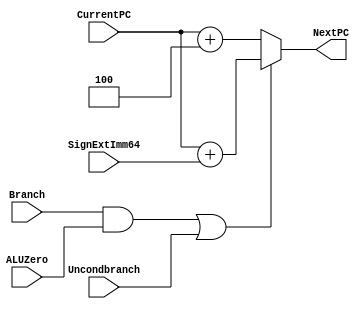
module NextPClogic(NextPC, CurrentPC, SignExtImm64, Branch, ALUZero, Uncondbranch);
       input [63:0] CurrentPC, SignExtImm64;
       input Branch, ALUZero, Uncondbranch;
       output [63:0] NextPC;
       wire [63:0] shiftSignExt = SignExtImm64;
       wire AND0 = Branch && ALUZero; 
       wire muxControl = AND0 || Uncondbranch; 
       reg [63:0] muxOutput; 
       always @ (*)
       begin
              if(muxControl)
                     muxOutput =   CurrentPC + shiftSignExt;
              else
                     muxOutput =  CurrentPC + 4;
       end
       assign NextPC = muxOutput; // Assign next PC
endmodule